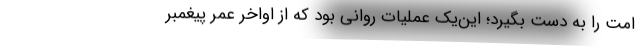
امت را به دست بگیرد؛ این‌یک عملیات روانی بود که از اواخر عمر پیغمبر